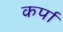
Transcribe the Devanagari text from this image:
कर्पा